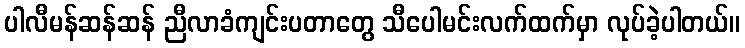
ပါလီမန်ဆန်ဆန် ညီလာခံကျင်းပတာတွေ သီပေါမင်းလက်ထက်မှာ လုပ်ခဲ့ပါတယ်။